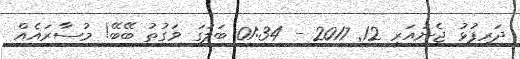
ދަރިފުޅު ޖެނުއަރީ 12